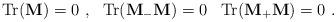
LaTeX: \begin{align*}{\rm Tr} ({\bf M}) = 0 \ , \ \ {\rm Tr} ({\bf M}_- {\bf M}) = 0 \, \ \ {\rm Tr} ({\bf M}_+ {\bf M}) = 0 \ . \end{align*}